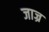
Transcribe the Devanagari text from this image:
जाज्र